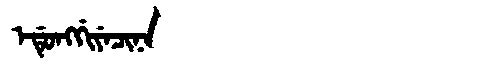
Manchu: ᡝᡩᡠᠩᡤᡳᠶᡝᠴᡳᠨᠠ
Romanization: EDUNGGIYECINA